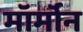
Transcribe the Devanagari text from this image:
मॉर्मॉन